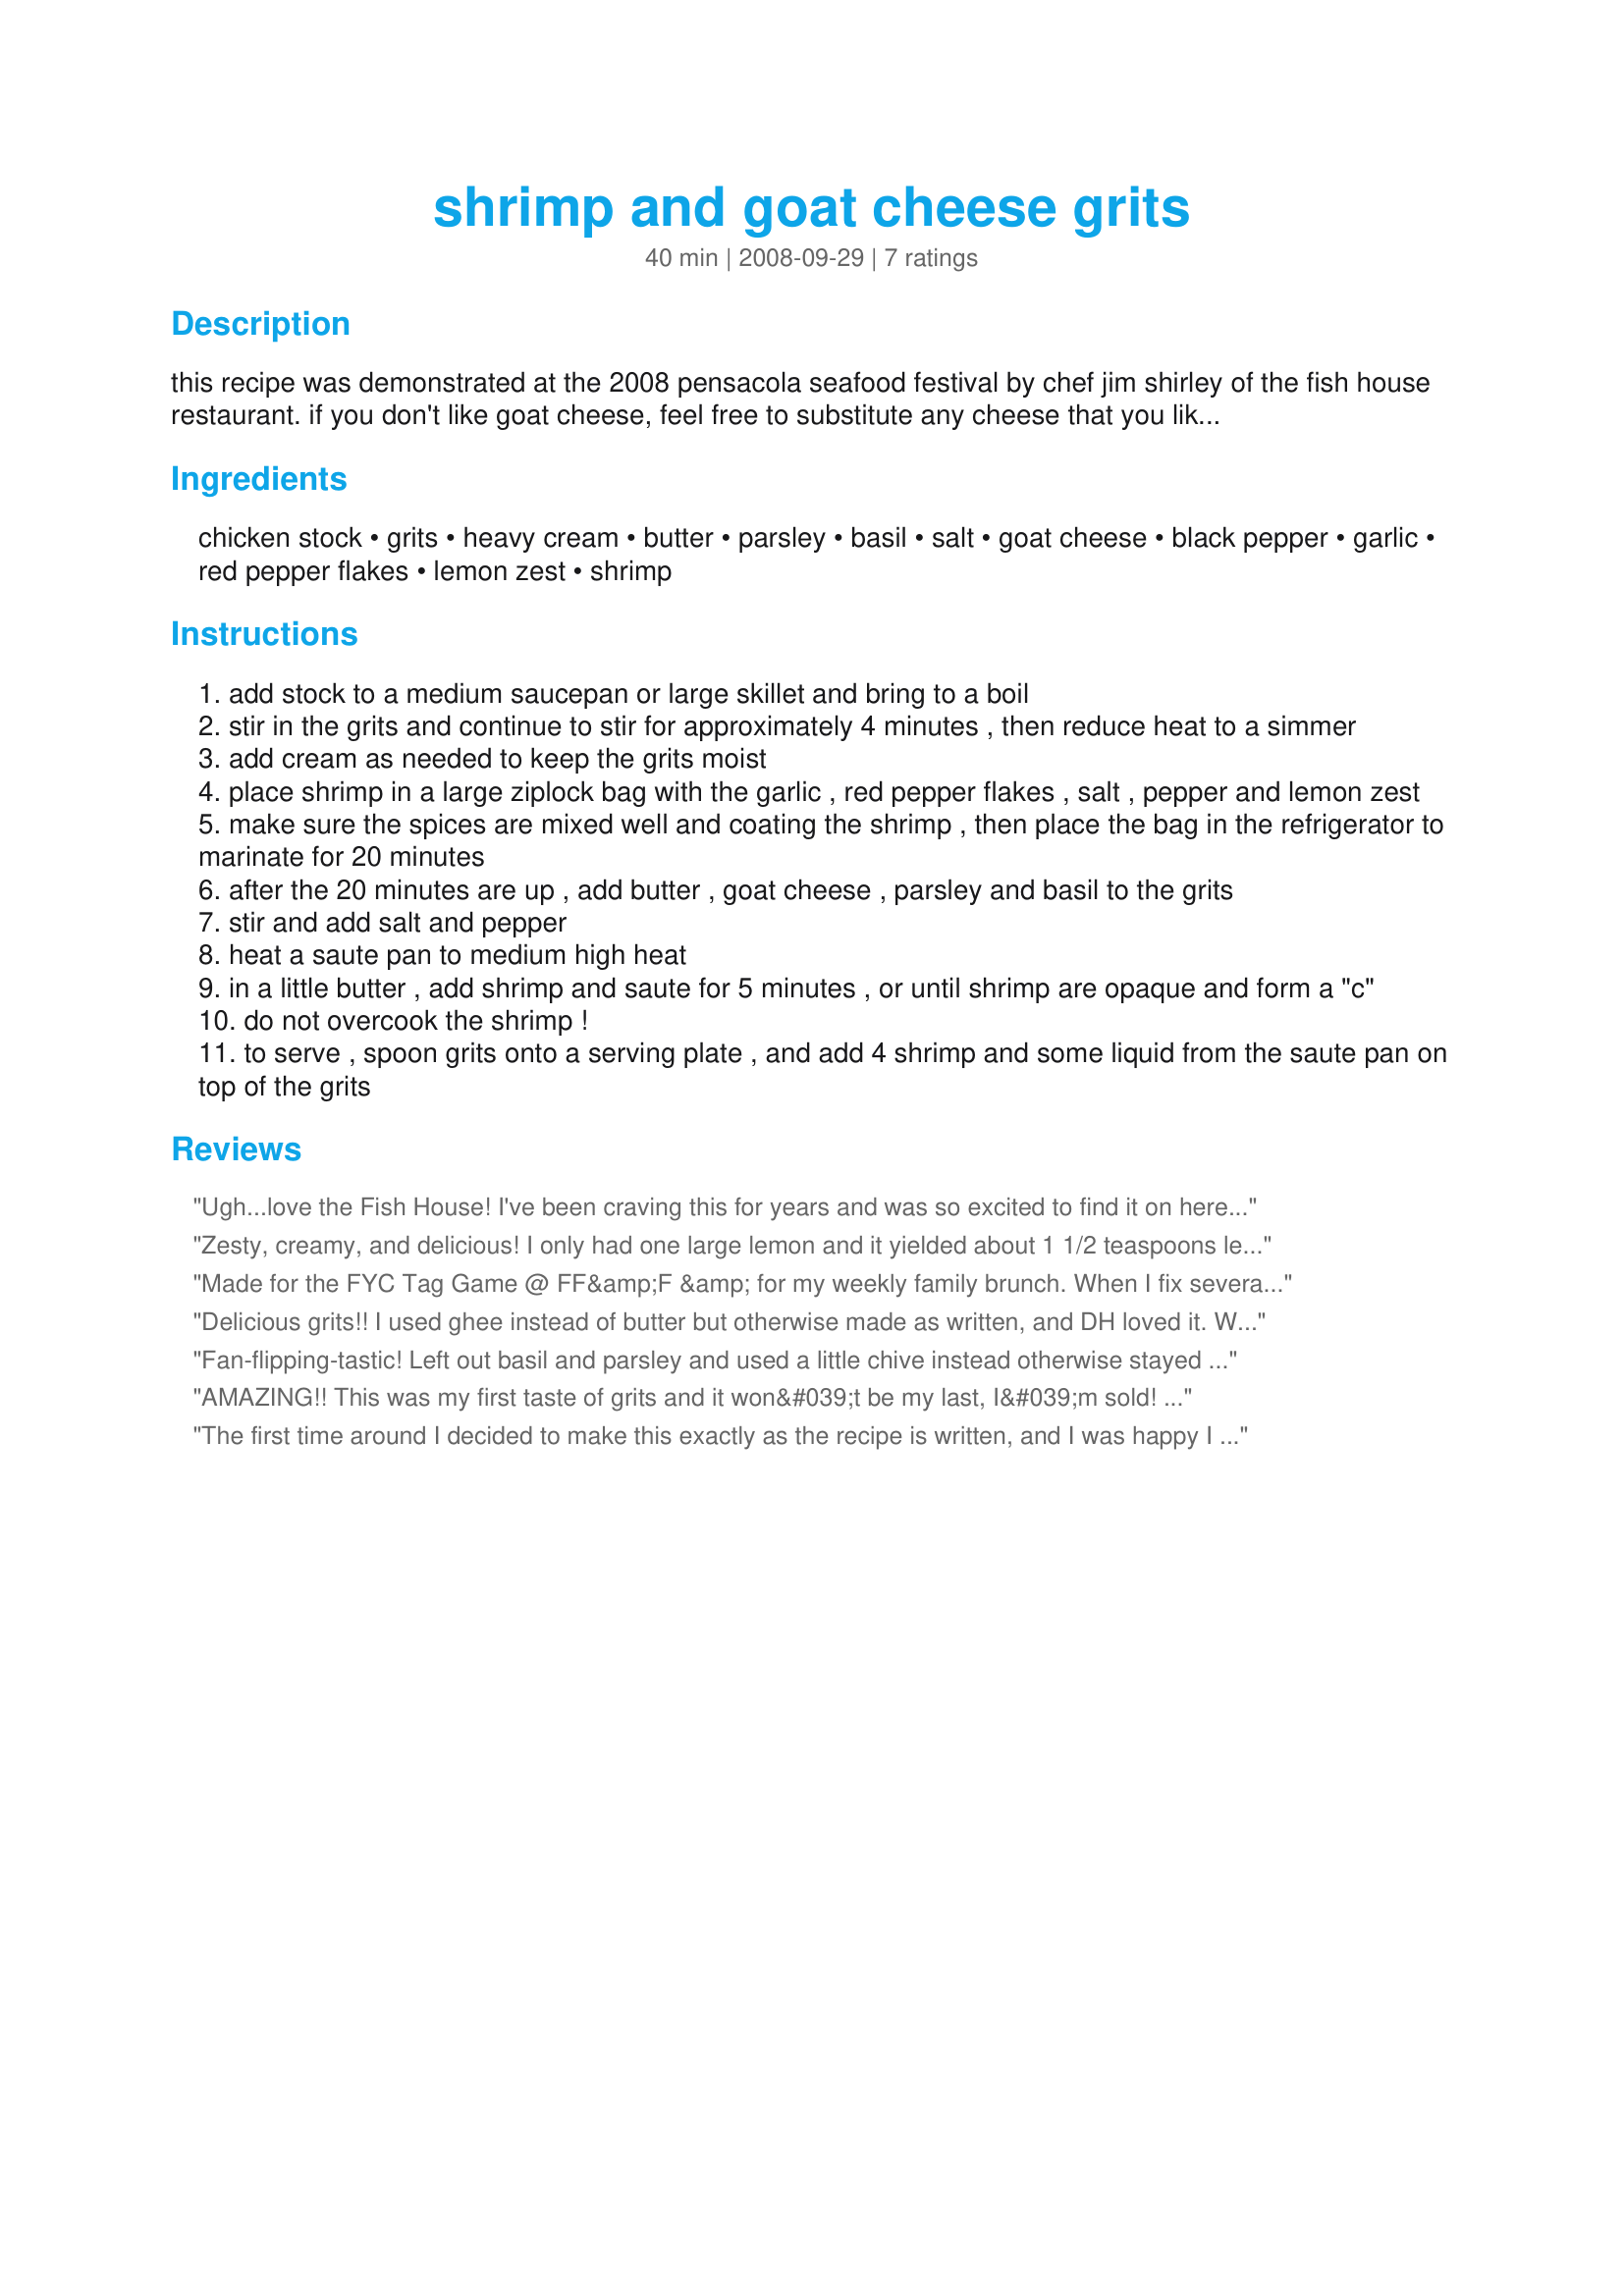
shrimp and goat cheese grits
Preparation time: 40 minutes

this recipe was demonstrated at the 2008 pensacola seafood festival by chef jim shirley of the fish house restaurant. if you don't like goat cheese, feel free to substitute any cheese that you like. i've never had anything that jim shirley prepared that wasn't delicious!

Ingredients:
chicken stock, grits, heavy cream, butter, parsley, basil, salt, goat cheese, black pepper, garlic, red pepper flakes, lemon zest, shrimp

Steps:
add stock to a medium saucepan or large skillet and bring to a boil
stir in the grits and continue to stir for approximately 4 minutes , then reduce heat to a simmer
add cream as needed to keep the grits moist
place shrimp in a large ziplock bag with the garlic , red pepper flakes , salt , pepper and lemon zest
make sure the spices are mixed well and coating the shrimp , then place the bag in the refrigerator to marinate for 20 minutes
after the 20 minutes are up , add butter , goat cheese , parsley and basil to the grits
stir and add salt and pepper
heat a saute pan to medium high heat
in a little butter , add shrimp and saute for 5 minutes , or until shrimp are opaque and form a "c"
do not overcook the shrimp !
to serve , spoon grits onto a serving plate , and add 4 shrimp and some liquid from the saute pan on top of the grits

Reviews:
Ugh...love the Fish House! I've been craving this for years and was so excited to find it on here! I added half of light butter instead of using the full fat, but still used most of the heavy cream...I'm sure you could substitute whole milk for part of it to make a low fat option. I also used some smoked Gouda to add an extra layer of flavor. It was amazing!! Thanks for posting :)
Zesty, creamy, and delicious! I only had one large lemon and it yielded about 1 1/2 teaspoons lemon zest, so I also added the juice of half the lemon to the shrimp marinade, along with the garlic, and about 1/2 teaspoon red pepper flakes. I garnished the grits with garlic chives ~ Made for Spring Photo Tag 2013.
Made for the FYC Tag Game @ FF&amp;F &amp; for my weekly family brunch. When I fix several recipes for a grp of guests, trying to get everything prepared, photographed &amp; ready-to-serve at the same time is my challenge. So pls forgive that I made some chgs to help that happen. I used Icelandic baby shrimp as they're more available, less expensive by far than the larger prawn size &amp; much easier to just add to the grits &amp; serve in &quot;casserole form&quot;. I also used 4 cloves of finely minced roasted garlic I had on-hand after roasting 5 heads of garlic. All that said &amp; done, I took a photo of my serving &amp; let my guests help themselves at the table from the casserole. It was perfect - Warming, creamy, well-seasoned &amp; well-received. Thx for sharing this recipe w/us.
Delicious grits!! I used ghee instead of butter but otherwise made as written, and DH loved it. Will definitely make it again to eat it myself :D Thanks for posting!
Made for ZWT6 Greece for The Unrulies Under The Influence.
Fan-flipping-tastic! Left out basil and parsley and used a little chive instead otherwise stayed true to recipe. Thank you for posting!
AMAZING!! This was my first taste of grits and it won&#039;t be my last, I&#039;m sold! Don&#039;t have easy access to real grits in Seattle (though I hear Bob&#039;s Red Mill has a White Corn Grits sold somewhere in this city). I had to buy &quot;quick&quot; grits (not instant!), and it was still phenomenal. The shrimp was fabulous with the grits and would be great on their own too. Thanks for posting breezermom!
The first time around I decided to make this exactly as the recipe is written, and I was happy I did. The grits were creamy and deliciously flavored from the cheese, and the combination of ingredients was just perfect! I loved the addition of the red pepper flakes, to give it a little heat. You can adjust the heat to your liking, and I may try it with 1/2 tsp. next time just to see how it affects the taste. Just delicious!!! These will be repeated in my kitchen! Thank you for sharing this lovely recipe with us Breezermom! Made for Newest Zaar Tag Game 3/09 Linda
